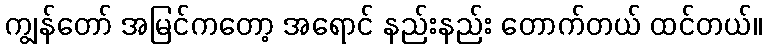
ကျွန်တော် အမြင်ကတော့ အရောင် နည်းနည်း တောက်တယ် ထင်တယ်။